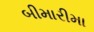
બીમારીમા